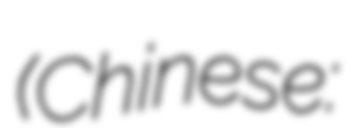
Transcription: (Chinese: